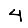
Digit: 4